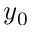
y _ { 0 }